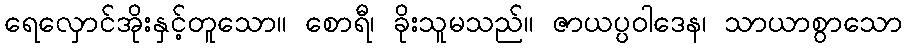
ရေလှောင်အိုးနှင့်တူသော။ စောရီ၊ ခိုးသူမသည်။ ဇာယပ္ပဝါဒေန၊ သာယာစွာသော